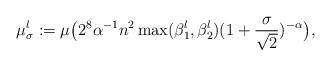
LaTeX: \begin{align*}\mu^l_\sigma:=\mu\big({2^8\alpha^{-1}n^2\max(\beta_1^l,\beta_2^l)(1+{\sigma\over \sqrt{2}})^{-\alpha}}\big),\end{align*}